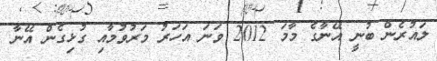
ލައުރެން ބުނީ އޭނާގެ މާމަ 2012 ވަނަ އަހަރު މަރުވުމާއި ގުޅިގެން އޭނާ